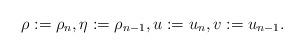
LaTeX: \begin{align*}\rho := \rho_{n}, \eta:= \rho_{n-1}, u := u_{n}, v := u_{n-1}.\end{align*}